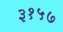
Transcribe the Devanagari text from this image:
३१५७